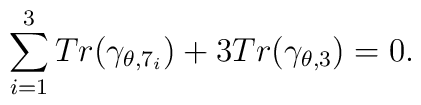
\sum_{i=1}^{3}Tr(\gamma_{\theta,7_{i}})+3Tr(\gamma_{\theta,3})=0.